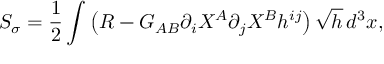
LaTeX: S _ { \sigma } = \frac { 1 } { 2 } \int \left( { \cal R } - G _ { A B } \partial _ { i } X ^ { A } \partial _ { j } X ^ { B } h ^ { i j } \right) \sqrt { h } \, d ^ { 3 } x ,